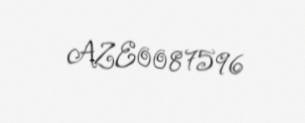
AZE0087596